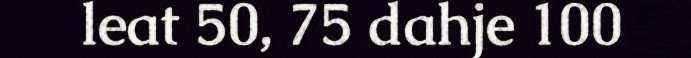
leat 50, 75 dahje 100